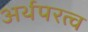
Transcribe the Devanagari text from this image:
अर्थपरत्व